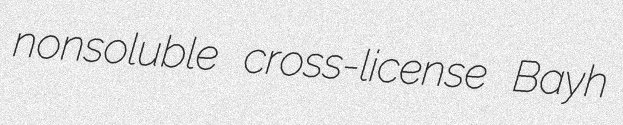
nonsoluble cross-license Bayh